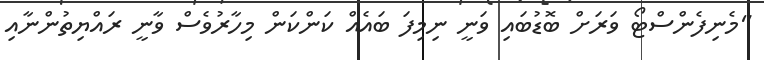
"މެނިފެންސްޓޯ ވަރަށް ބޮޑުބައި ވަނީ ނިމިފަ ބައެއް ކަންކަން މިހާރުވެސް ވާނީ ރައްޔިތުންނާއި